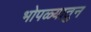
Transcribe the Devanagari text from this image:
भोपळ्यातुन